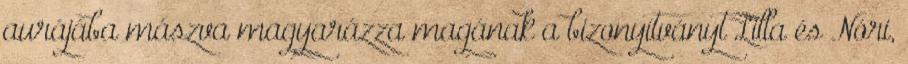
aurájába mászva magyarázza magának a bizonyítványt Lilla és Nóri,